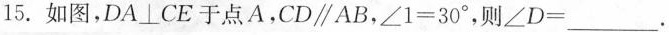
15.如图，DA \botCE于点A，CD\parallel AB，$$\angle 1 = 3 0 °$$，则\angle D=